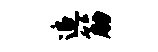
追筋